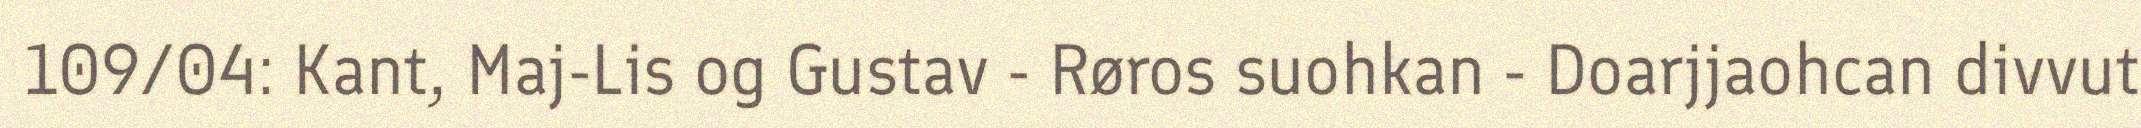
109/04: Kant, Maj-Lis og Gustav - Røros suohkan - Doarjjaohcan divvut